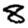
Digit: 8